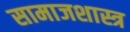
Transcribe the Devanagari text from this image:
सामाजशास्त्र